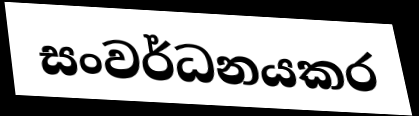
සංවර්ධනයකර